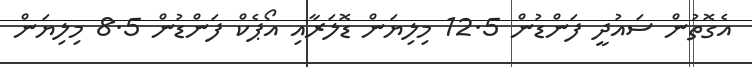
އެގޮތުން ސައުދީ ފަންޑުން 12.5 މިލިޔަން ޑޮލަރާއި އޯޕެކް ފަންޑުން 8.5 މިލިޔަން